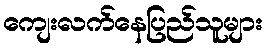
ကျေးလက်နေပြည်သူများ